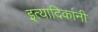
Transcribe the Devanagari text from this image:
इत्यादिकांनी